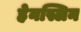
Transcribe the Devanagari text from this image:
हेनस्लिन